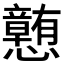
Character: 𪭂